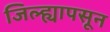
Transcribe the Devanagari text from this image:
जिल्ह्यापसून